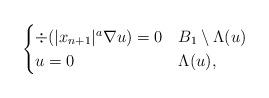
LaTeX: \begin{align*} \begin{cases}\div(|x_{n+1}|^a\nabla u)=0 & B_1\setminus\Lambda(u)\cr u=0 & \Lambda(u),\end{cases}\end{align*}